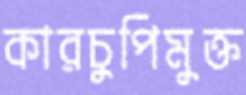
কারচুপিমুক্ত